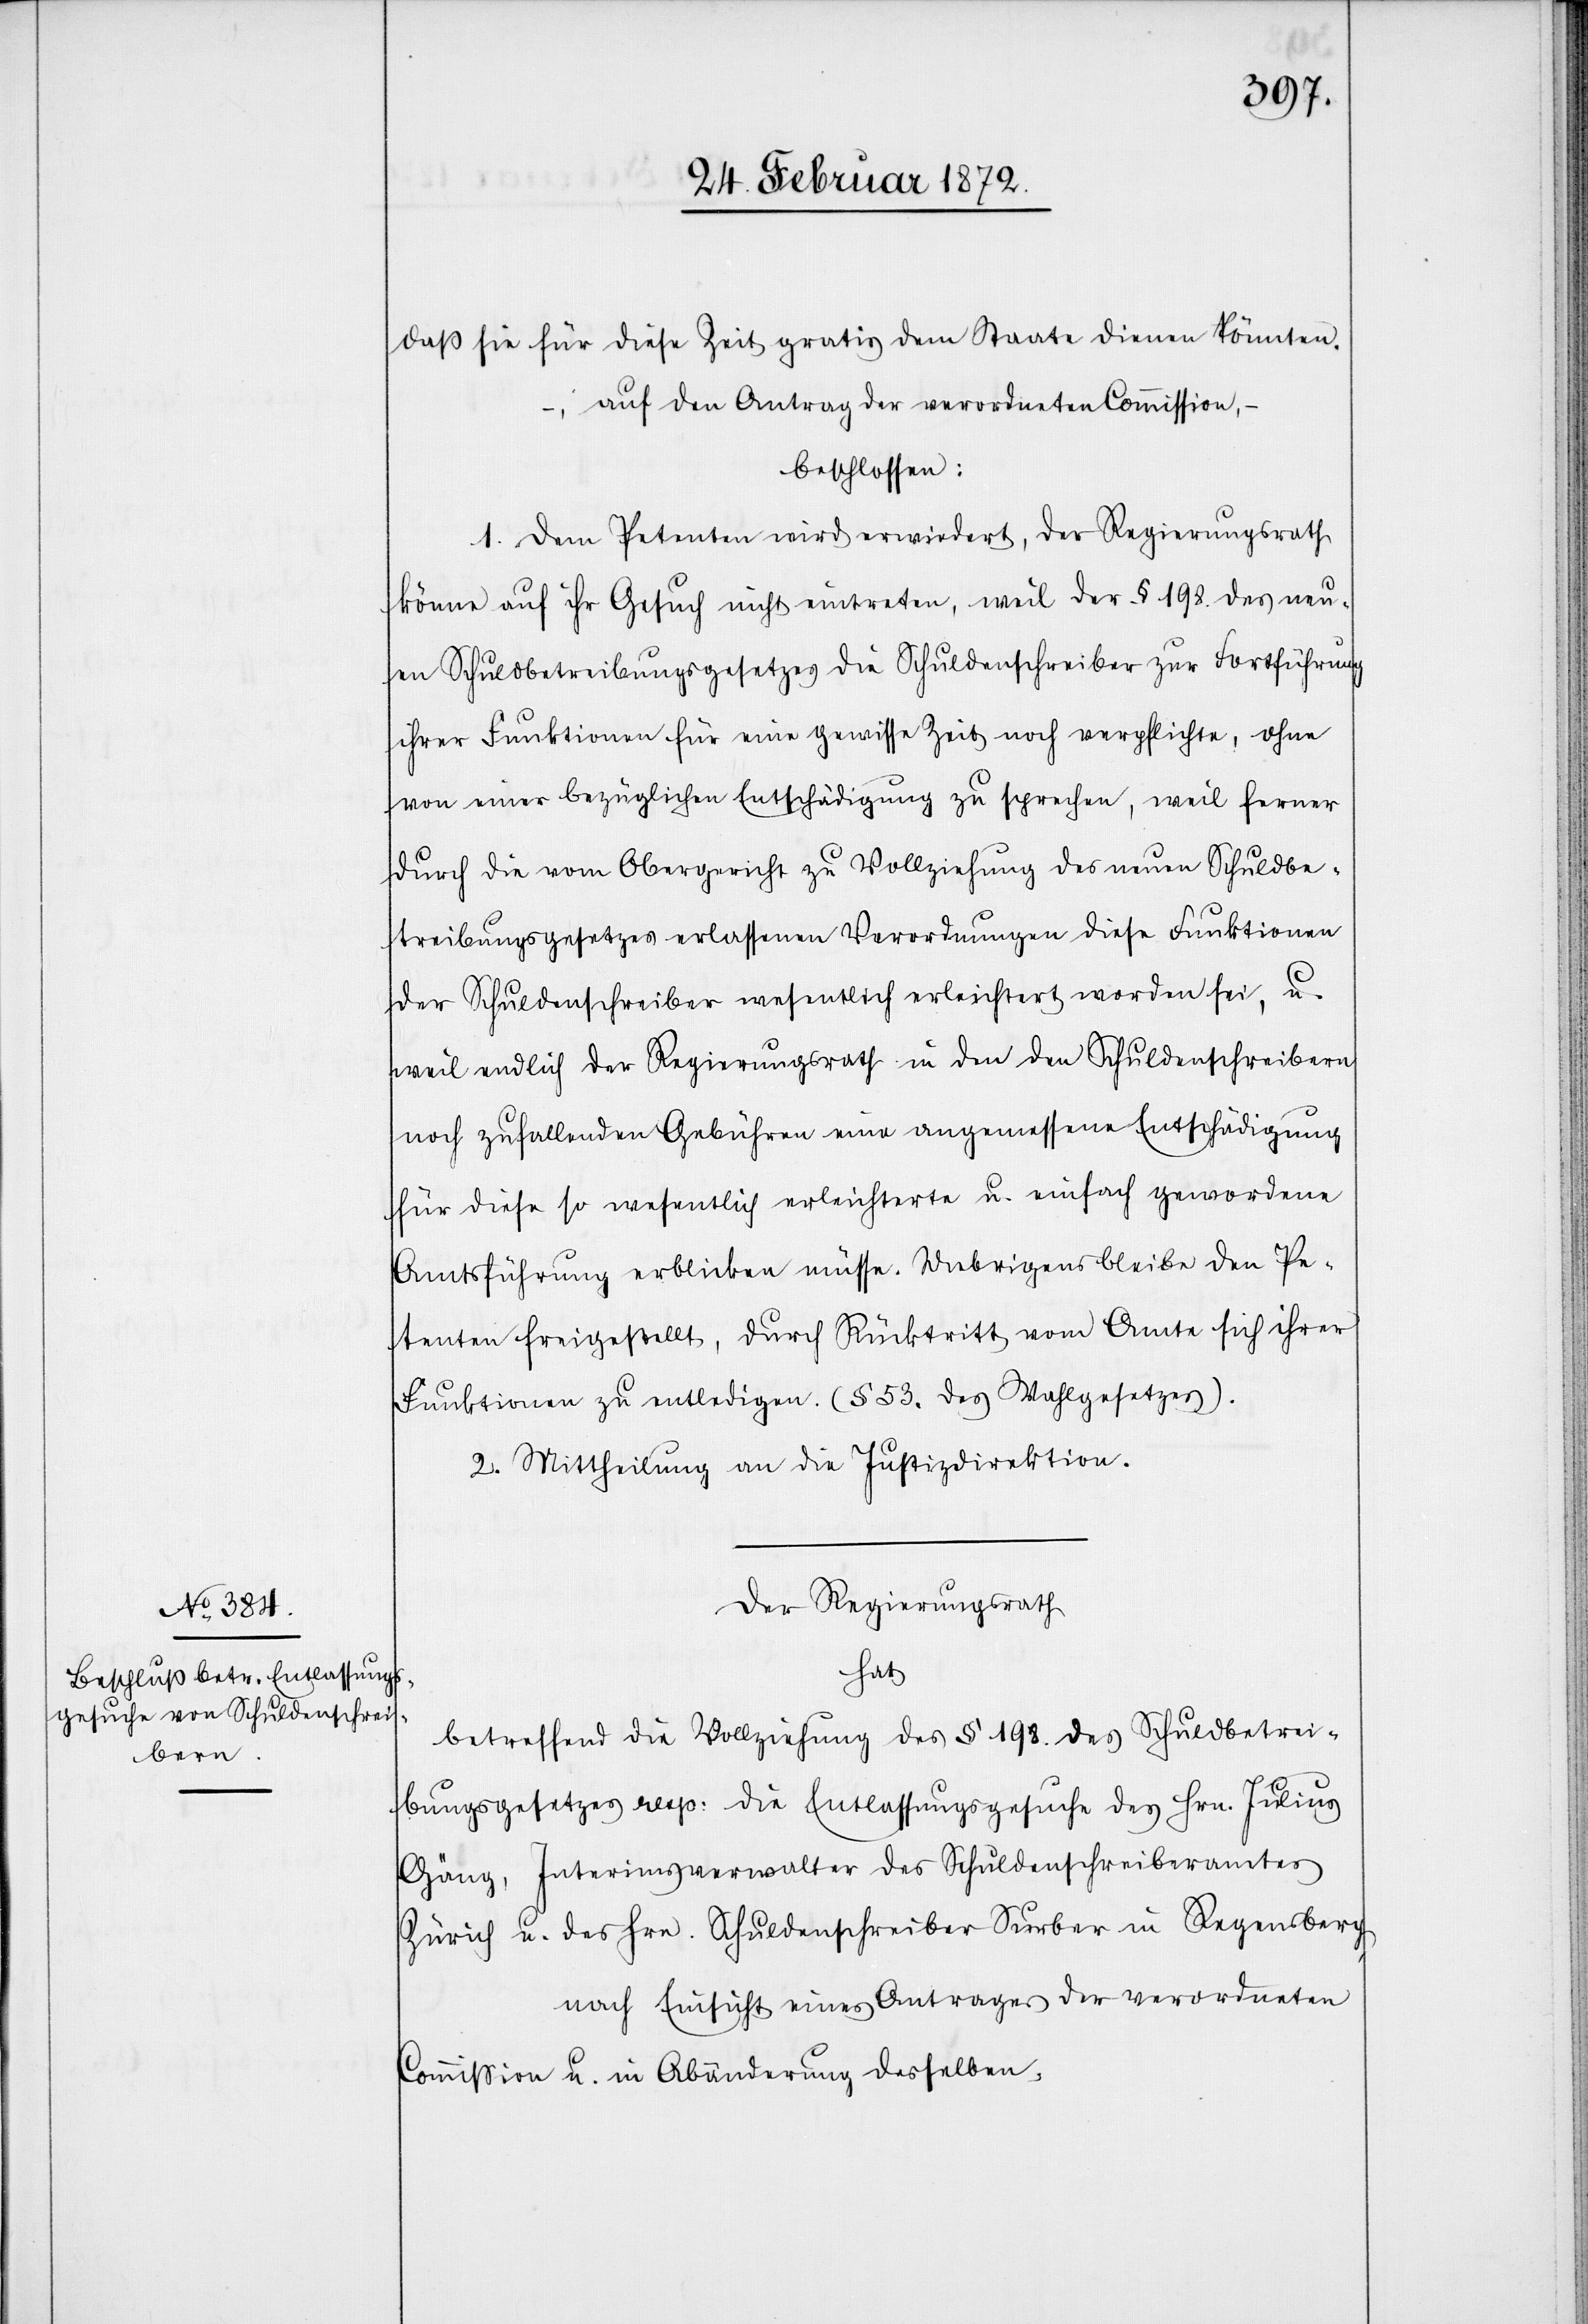
daß sie für diese Zeit gratis dem Staate dienen könnten.
, auf den Antrag der verordneten Commission,
beschlossen:
1. Dem Petenten wird erwiedert, der Regierungsrath
könne auf ihr Gesuch nicht eintreten, weil der § 198. des neu¬
en Schuldbetreibungsgesetzes die Schuldenschreiber zur Fortführung
ihrer Funktionen für eine gewisse Zeit noch verpflichte, ohne
von einer bezüglichen Entschädigung zu sprechen, weil ferner
durch die vom Obergericht zu Vollziehung des neuen Schuldbe¬
treibungsgesetzes erlassenen Verordnungen diese Funktionen
der Schuldenschreiber wesentlich erleichtert worden sei, u.
weil endlich der Regierungsrath in den den Schuldenschreibern
noch zufallenden Gebühren eine angemessene Entschädigung
für diese so wesentlich erleichterte u. einfach gewordene
Amtsführung erblicken müsse. Uebrigens bleibe den Pe¬
tenten freigestellt, durch Rücktritt vom Amte sich ihrer
Funktionen zu entledigen. (§ 53. des Wahlgesetzes).
2. Mittheilung an die Justizdirektion.
Der Regierungsrath
hat
betreffend die Vollziehung des § 198. des Schuldbetrei¬
bungsgesetzes resp. die Entlassungsgesuche des Hrn. Julius
Gäng, Interimsverwalter des Schuldenschreiberamtes
Zürich u. des Hrn. Schuldenschreiber Surber in Regensberg,
nach Einsicht eines Antrages der verordneten
Commission u. in Abänderung desselben,